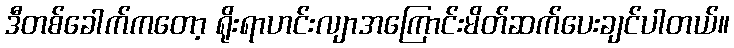
ဒီတစ်ခေါက်ကတော့ ရိုးရာဟင်းလျာအကြောင်းမိတ်ဆက်ပေးချင်ပါတယ်။